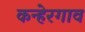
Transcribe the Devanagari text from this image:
कन्हेरगाव